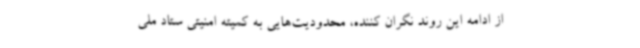
از ادامه این روند نگران کننده، محدودیت‌هایی به کمیته امنیتی ستاد ملی